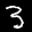
Label: 3